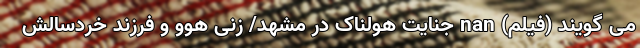
می گویند (فیلم) nan جنایت هولناک در مشهد/ زنی هوو و فرزند خردسالش